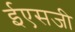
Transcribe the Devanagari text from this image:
ईएसजी